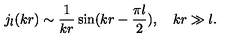
j _ { l } ( k r ) \sim \frac { 1 } { k r } \sin ( k r - \frac { \pi l } { 2 } ) , \quad k r \gg l .